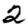
Digit: 2